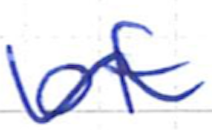
Text: of
Cross-out: wave
Writing tool: ballpoint